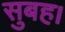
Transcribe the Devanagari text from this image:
सुबह।